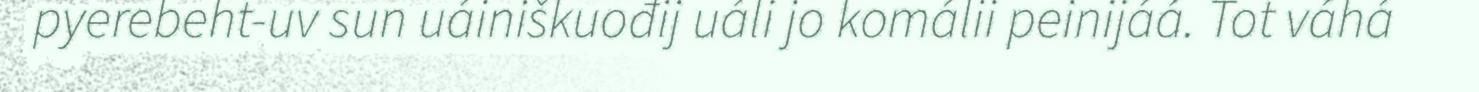
pyerebeht-uv sun uáiniškuođij uáli jo komálii peinijáá. Tot váhá